Investigations on Bengal jail dietaries - Number 37
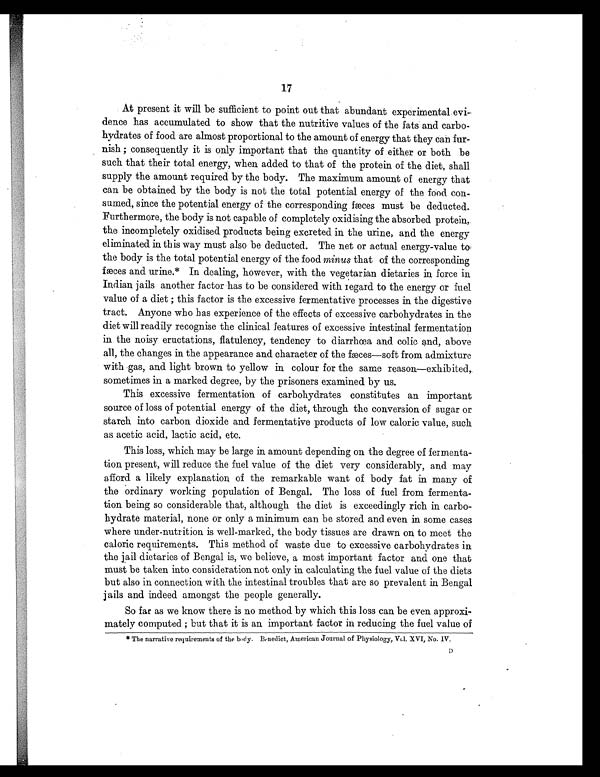
17
At present it will be sufficient to point out that abundant experimental evi-
dence has accumulated to show that the nutritive values of the fats and carbo-
hydrates of food are almost proportional to the amount of energy that they can fur-
nish ; consequently it is only important that the quantity of either or both be
such that their total energy, when added to that of the protein of the diet, shall
supply the amount required by the body. The maximum amount of energy that
can be obtained by the body is not the total potential energy of the food con-
sumed, since the potential energy of the corresponding fæces must be deducted.
Furthermore, the body is not capable of completely oxidising the absorbed protein,
the incompletely oxidised products being excreted in. the urine, and the energy
eliminated in this way must also be deducted. The net or actual energy-value to
the body is the total potential energy of the food minus that of the corresponding
fæces and urine.* In dealing, however, with the vegetarian dietaries in force in
Indian jails another factor has to be considered with regard to the energy or fuel
value of a diet ; this factor is the excessive fermentative processes in the digestive
tract. Anyone who has experience of the effects of excessive carbohydrates in the
diet will readily recognise the clinical features of excessive intestinal fermentation
in the noisy eructations, flatulency, tendency to diarrhcea and colic and, above
all, the changes in the appearance and character of the fæces—soft from admixture
with gas, and light brown to yellow in colour for the same reason—exhibited,
sometimes in a marked degree, by the prisoners examined by us.
This excessive fermentation of carbohydrates constitutes an important
source of loss of potential energy of the diet, through the conversion of sugar or
starch into carbon dioxide and fermentative products of low caloric value, such
as acetic acid, lactic acid, etc.
This loss, which may be large in amount depending on the degree of fermenta-
tion present, will reduce the fuel value of the diet very considerably, and may
afford a likely explanation of the remarkable want of body fat in many of
the ordinary working population of Bengal. The loss of fuel from fermenta-
tion being so considerable that, although the diet is exceedingly rich in carbo-
hydrate material, none or only a minimum can be stored and even in some cases
where under-nutrition is well-marked, the body tissues are drawn on to meet the
caloric requirements. This method of waste due to excessive carbohydrates in
the jail dietaries of Bengal is, we believe, a most important factor and one that
must be taken into consideration not only in calculating the fuel value of the diets
but also in connection with the intestinal troubles that are so prevalent in Bengal
jails and indeed amongst the people generally.
So far as we know there is no method by which this loss can be even approxi-
mately computed ; but that it is an important factor in reducing the fuel value of
* The narrative requirements of the body. Benedict, American Journal of Physiology, Vol. XVI, No. IV.